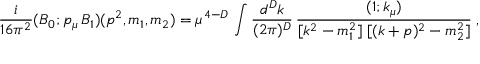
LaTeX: \frac { i } { 1 6 \pi ^ { 2 } } ( B _ { 0 } ; p _ { \mu } \, B _ { 1 } ) ( p ^ { 2 } , m _ { 1 } , m _ { 2 } ) = \mu ^ { 4 - D } \, \int \frac { d ^ { D } k } { ( 2 \pi ) ^ { D } } \, \frac { ( 1 ; k _ { \mu } ) } { [ k ^ { 2 } - m _ { 1 } ^ { 2 } ] \; [ ( k + p ) ^ { 2 } - m _ { 2 } ^ { 2 } ] } \; ,